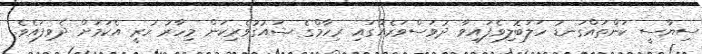
ސިޔާސީ ކަންތައްގަނޑު ހަލަބޮލިވެފައިވާ ދުވަސްވަރެއްގައި ރިހާމްގެ ޝައުގުވެރިކަން މިހާރު ހުރީ އެކަމަށް ދެވިފައެވެ.